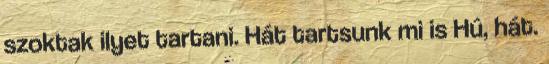
szoktak ilyet tartani. Hát tartsunk mi is Hú, hát.